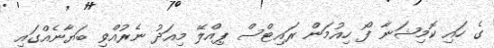
ގެ ހައި ކޮމިޝަނާ ފޯ ހިއުމަން ރައިޓްސް ޕިއްލޭ މިއަދު ނެރުއްވި ބަޔާނެއްގައި